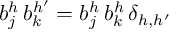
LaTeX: b _ { j } ^ { h } \, b _ { k } ^ { h ^ { \prime } } = b _ { j } ^ { h } \, b _ { k } ^ { h } \, \delta _ { h , h ^ { \prime } }